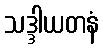
သဒ္ဒါယတနံ